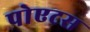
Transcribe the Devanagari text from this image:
पोएटस